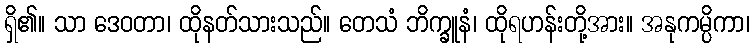
ရှိ၏။ သာ ဒေဝတာ၊ ထိုနတ်သားသည်။ တေသံ ဘိက္ခူနံ၊ ထိုရဟန်းတို့အား။ အနုကမ္ပိကာ၊